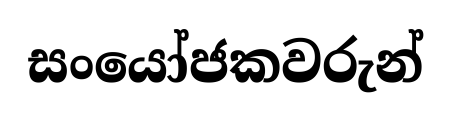
සංයෝජකවරුන්